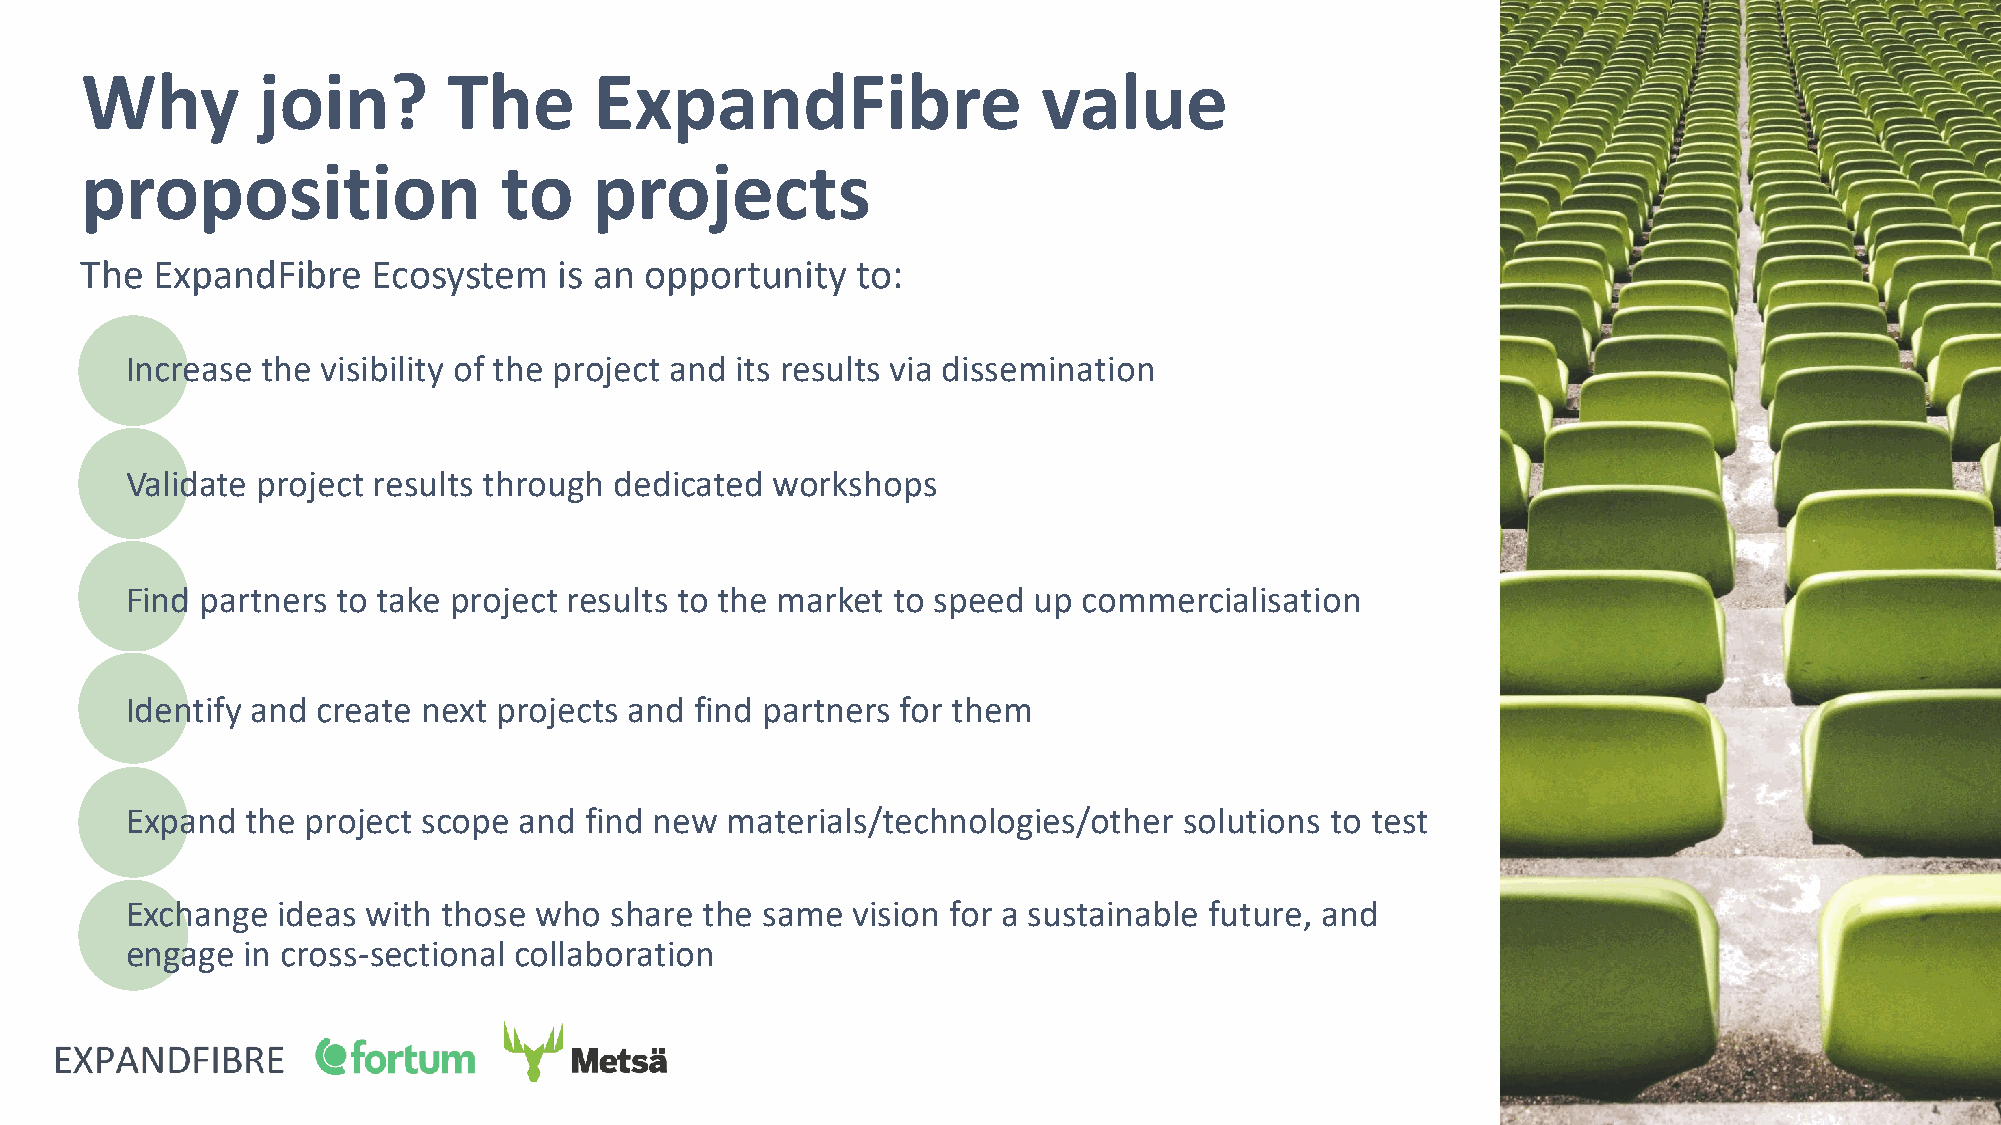
Why         join?        The      ExpandFibre                   value
 proposition                 to    projects
 The  ExpandFibre    Ecosystem   is an opportunity   to:
 Increase the visibility of the project and its results via dissemination
 Validate project results through dedicated workshops
 Find partners to take project results to the market to speed up commercialisation
 Identify and create next projects and find partners for them
 Expand  the project scope and  find new materials/technologies/other  solutions to test
 Exchange  ideas with those who  share  the same vision for a sustainable future, and
 engage  in cross-sectional collaboration